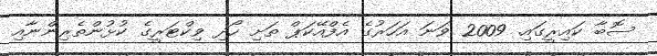
ސޮބާ ކައިރީގައި. 2009 ވަނަ އަހަރުގެ އެފްއޭކަޕް ތަށި ހޯދި ވިކްްޓަރީގެ ކުޅުންތެރިންނާއި